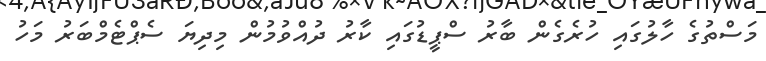
މަސްތުގެ ހާލުގައި ހުރެގެން ބާރު ސްޕީޑުގައި ކާރު ދުއްވުމުން މިދިޔަ ސެޕްޓެމްބަރު މަހު